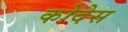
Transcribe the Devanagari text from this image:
कोदेस